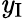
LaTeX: \mathit{y}_{\mathrm{{I}}}